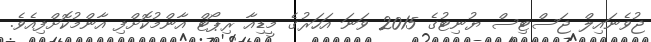
ޖުވެނައިލް ޖަސްޓިސް ޔުނިޓުގެ 2015 ވަނަ އަހަރުގެ މީޑިއާ ރިޕޯޓް އާންމުކޮށްފި އާންމުކޮށްފިއެވެ.